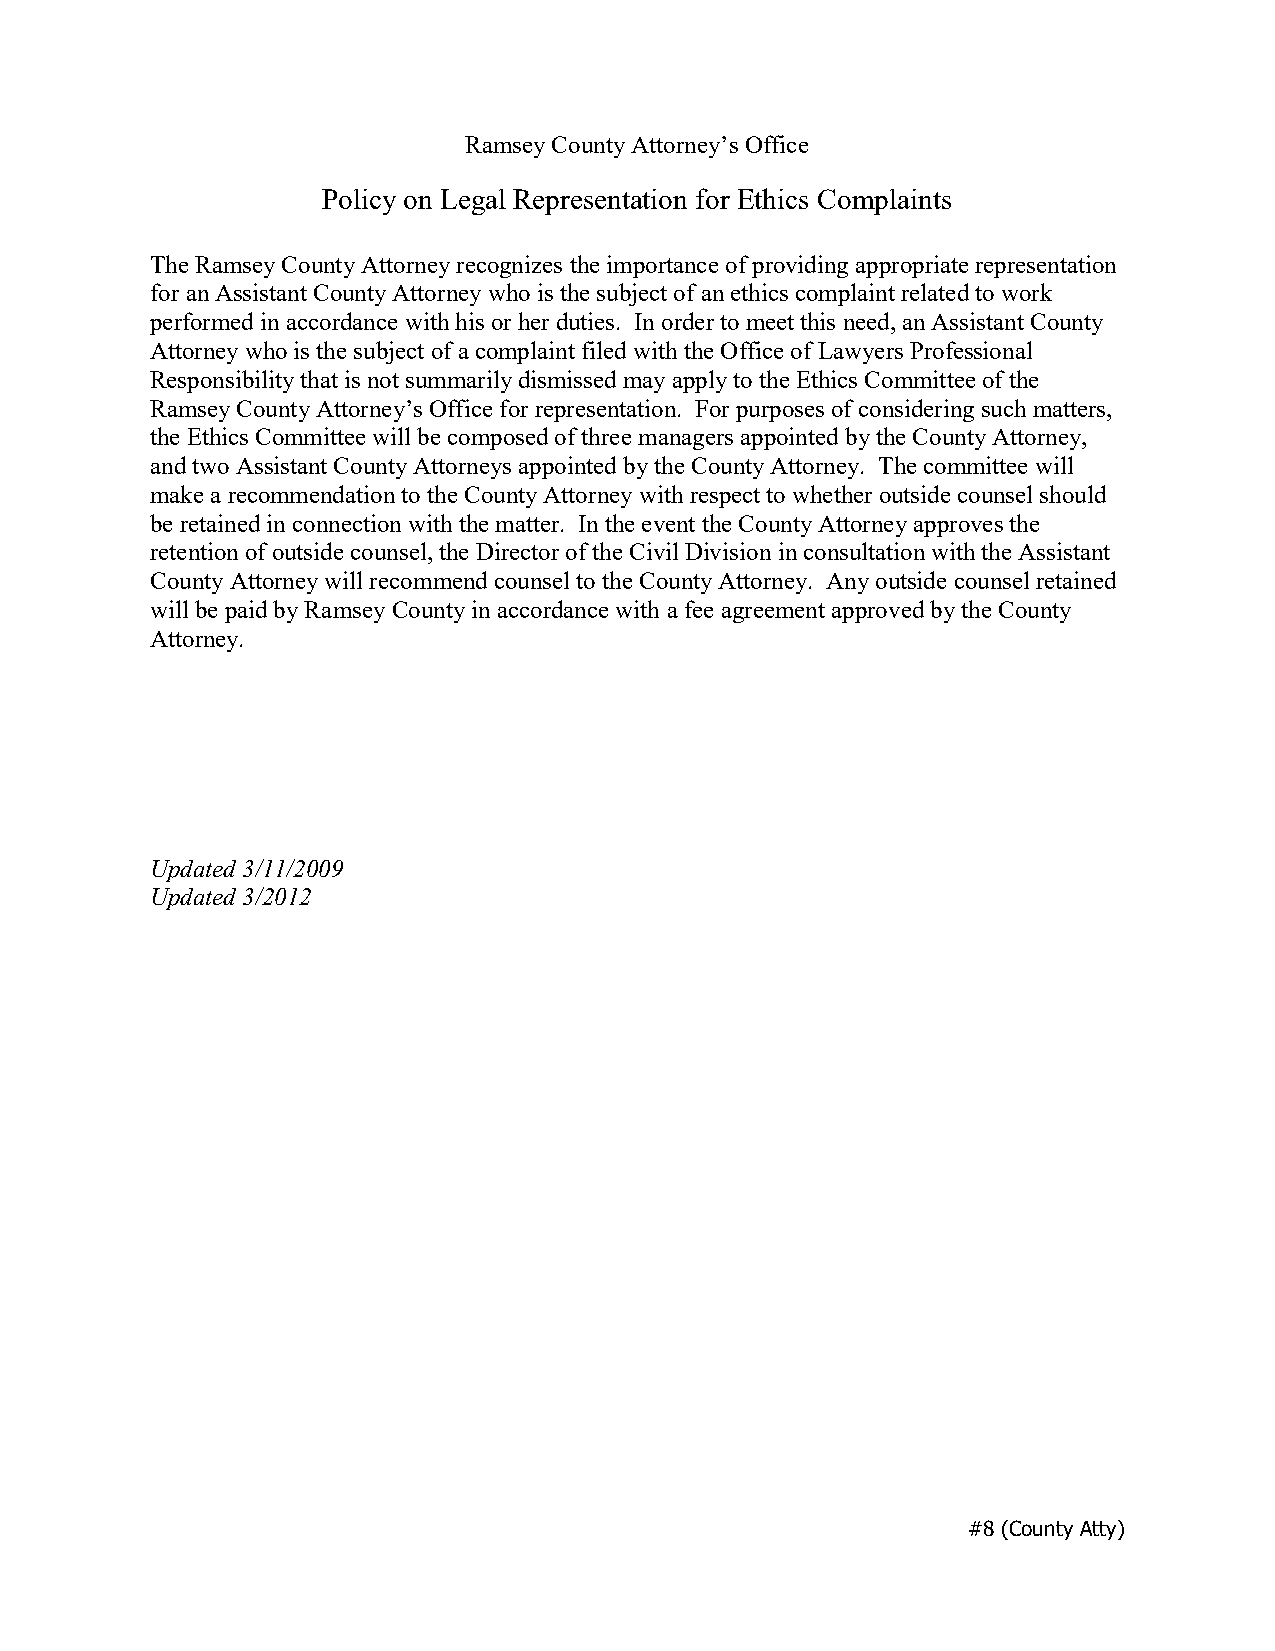
Ramsey County Attorney’s Office
 Policy on Legal Representation for Ethics Complaints
 The Ramsey County Attorney recognizes the importance of providing appropriate representation
 for an Assistant County Attorney who is the subject of an ethics complaint related to work
 performed in accordance with his or her duties. In order to meet this need, an Assistant County
 Attorney who is the subject of a complaint filed with the Office of Lawyers Professional
 Responsibility that is not summarily dismissed may apply to the Ethics Committee of the
 Ramsey CountyAttorney’s Office for representation. For purposes of considering such matters,
 the Ethics Committee will be composed of three managers appointed by the County Attorney,
 and two Assistant County Attorneys appointed by the County Attorney. The committee will
 make a recommendation to the County Attorney with respect to whether outside counsel should
 be retained in connection with the matter. In the event the County Attorney approves the
 retention of outside counsel, the Director of the Civil Division in consultation with the Assistant
 County Attorney will recommend counsel to the County Attorney. Any outside counsel retained
 will be paid by Ramsey County in accordance with a fee agreement approved by the County
 Attorney.
 Updated3/11/2009
 Updated 3/2012
 #8 (County Atty)